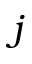
j